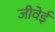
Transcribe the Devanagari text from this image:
जीवेई